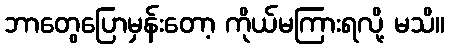
ဘာတွေပြောမှန်းတော့ ကိုယ်မကြားရလို့ မသိ။